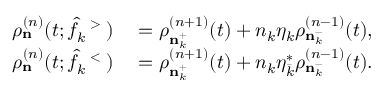
\begin{array} { r l } { \rho _ { \bf n } ^ { ( n ) } ( t ; \hat { f } _ { k } ^ { \mathrm { ~ \tiny ~ > ~ } } ) } & { { } = \rho _ { { \bf n } _ { k } ^ { + } } ^ { ( n + 1 ) } ( t ) + n _ { k } \eta _ { k } \rho _ { { \bf n } _ { k } ^ { - } } ^ { ( n - 1 ) } ( t ) , } \\ { \rho _ { \bf n } ^ { ( n ) } ( t ; \hat { f } _ { k } ^ { \mathrm { ~ \tiny ~ < ~ } } ) } & { { } = \rho _ { { \bf n } _ { k } ^ { + } } ^ { ( n + 1 ) } ( t ) + n _ { k } \eta _ { \bar { k } } ^ { \ast } \rho _ { { \bf n } _ { k } ^ { - } } ^ { ( n - 1 ) } ( t ) . } \end{array}